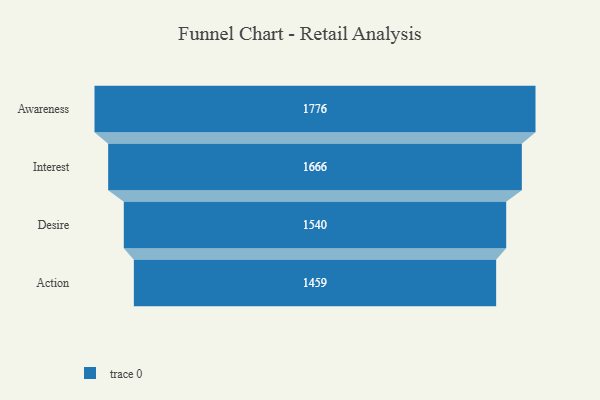
{"axis": {"x": "Stage", "y": "Value"}, "legend": [""], "data": [{"x": "Awareness", "y": 1776.0, "type": ""}, {"x": "Interest", "y": 1666.0, "type": ""}, {"x": "Desire", "y": 1540.0, "type": ""}, {"x": "Action", "y": 1459.0, "type": ""}]}